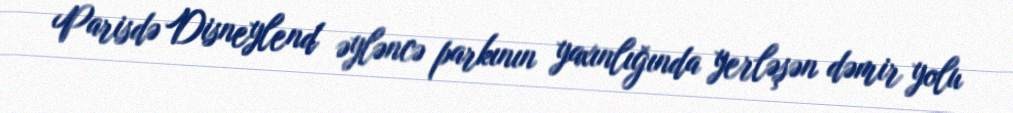
Parisdə Disneylend əyləncə parkının yaxınlığında yerləşən dəmir yolu